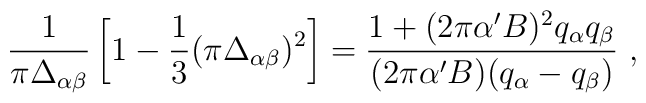
{1\over \pi\Delta_{\alpha\beta}} \left[1-{1\over 3} (\pi\Delta_{\alpha\beta})^2\right]={{1+(2\pi\alpha^\prime B)^2  q_\alpha q_\beta}\over (2\pi\alpha^\prime B) (q_\alpha-q_\beta)}~,